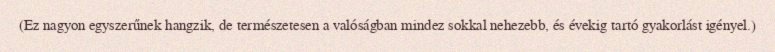
(Ez nagyon egyszerűnek hangzik, de természetesen a valóságban mindez sokkal nehezebb, és évekig tartó gyakorlást igényel.)